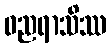
ဓညရာသိဿ